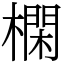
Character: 㯗